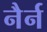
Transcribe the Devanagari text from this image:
नैर्न